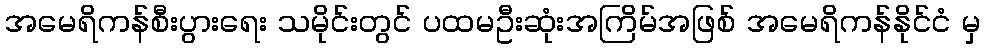
အမေရိကန်စီးပွားရေး သမိုင်းတွင် ပထမဦးဆုံးအကြိမ်အဖြစ် အမေရိကန်နိုင်ငံ မှ